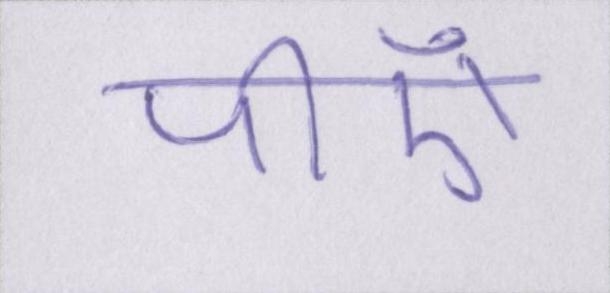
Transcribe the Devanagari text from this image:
पीएँ।